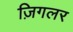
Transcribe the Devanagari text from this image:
ज़िगलर